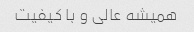
همیشه عالی و با کیفیت